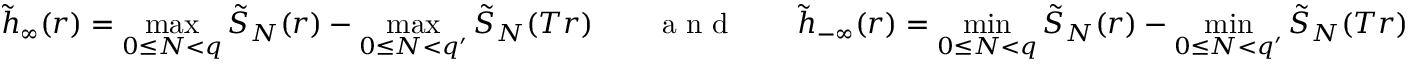
\tilde { h } _ { \infty } ( r ) = \operatorname* { m a x } _ { 0 \le N < q } \tilde { S } _ { N } ( r ) - \operatorname* { m a x } _ { 0 \le N < q ^ { \prime } } \tilde { S } _ { N } ( T r ) \qquad \textrm { a n d } \qquad \tilde { h } _ { - \infty } ( r ) = \operatorname* { m i n } _ { 0 \le N < q } \tilde { S } _ { N } ( r ) - \operatorname* { m i n } _ { 0 \le N < q ^ { \prime } } \tilde { S } _ { N } ( T r )